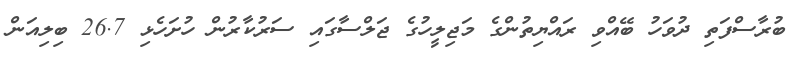
ބުރާސްފަތި ދުވަހު ބޭއްވި ރައްޔިތުންގެ މަޖިލީހުގެ ޖަލްސާގައި ސަރުކާރުން ހުށަހެޅި 26.7 ބިލިއަން